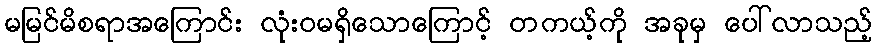
မမြင်မိစရာအကြောင်း လုံးဝမရှိသောကြောင့် တကယ့်ကို အခုမှ ပေါ်လာသည့်